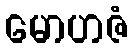
မောဟဇံ